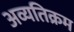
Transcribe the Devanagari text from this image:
अव्यतिक्रम